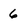
Character: 6